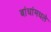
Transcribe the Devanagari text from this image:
बांधांमधले